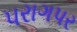
પરાગપર